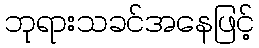
ဘုရားသခင်အနေဖြင့်